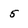
Character: 5